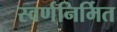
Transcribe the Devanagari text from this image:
स्वर्णनिर्मित